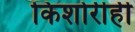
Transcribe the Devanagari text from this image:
किशोरीही